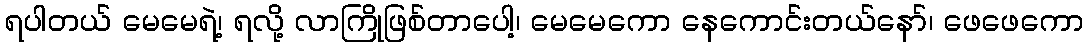
ရပါတယ် မေမေရဲ့၊ ရလို့ လာကြိုဖြစ်တာပေါ့၊ မေမေကော နေကောင်းတယ်နော်၊ ဖေဖေကော